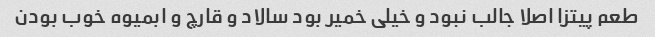
طعم پیتزا اصلا جالب نبود و خیلی خمیر بود سالاد و قارچ و ابمیوه خوب بودن